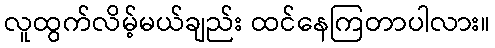
လူထွက်လိမ့်မယ်ချည်း ထင်နေကြတာပါလား။